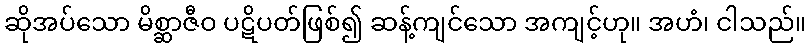
ဆိုအပ်သော မိစ္ဆာဇီဝ ပဋိပတ်ဖြစ်၍ ဆန့်ကျင်သော အကျင့်ဟု။ အဟံ၊ ငါသည်။